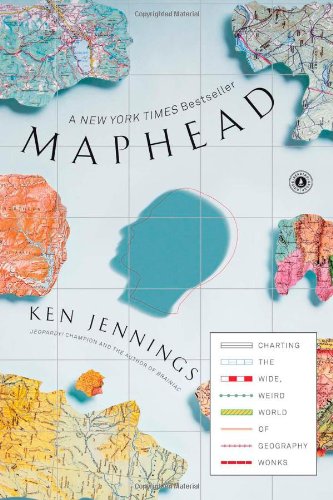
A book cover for Maphead: Charting the Wide, Weird World of Geography Wonks; Ken Jennings; Humor & Entertainment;